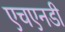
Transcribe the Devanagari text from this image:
एचएनडी